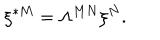
\xi ^ { * M } = \Lambda ^ { M N } \xi ^ { N } .